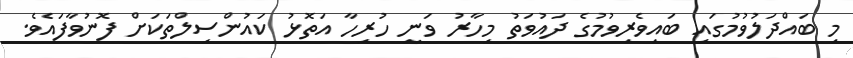
މި ބައްދަލުވުމުގައި ބައިވެރިވުމުގެ ދައުވަތު މިހާރު ވަނީ ހުރިހާ އަތޮޅު ކައުންސިލްތަކަށް ފޮނުވާފައެވެ.